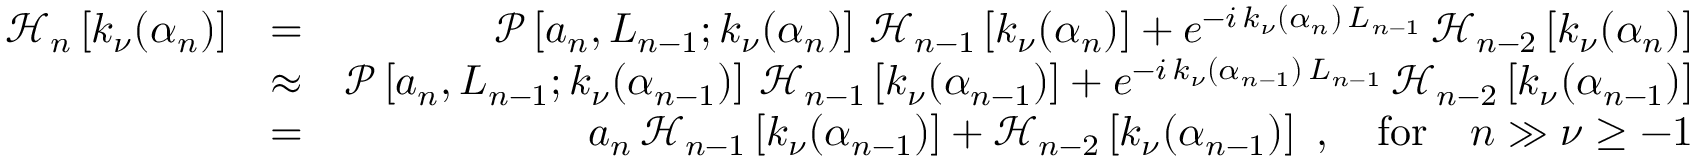
\begin{array} { r l r } { \mathcal { H } _ { n } \left[ k _ { \nu } ( \alpha _ { n } ) \right] } & { = } & { \mathcal { P } \left[ a _ { n } , L _ { n - 1 } ; k _ { \nu } ( \alpha _ { n } ) \right] \, \mathcal { H } _ { n - 1 } \left[ k _ { \nu } ( \alpha _ { n } ) \right] + e ^ { - i \, k _ { \nu } ( \alpha _ { n } ) \, L _ { n - 1 } } \, \mathcal { H } _ { n - 2 } \left[ k _ { \nu } ( \alpha _ { n } ) \right] } \\ & { \approx } & { \mathcal { P } \left[ a _ { n } , L _ { n - 1 } ; k _ { \nu } ( \alpha _ { n - 1 } ) \right] \, \mathcal { H } _ { n - 1 } \left[ k _ { \nu } ( \alpha _ { n - 1 } ) \right] + e ^ { - i \, k _ { \nu } ( \alpha _ { n - 1 } ) \, L _ { n - 1 } } \, \mathcal { H } _ { n - 2 } \left[ k _ { \nu } ( \alpha _ { n - 1 } ) \right] } \\ & { = } & { a _ { n } \, \mathcal { H } _ { n - 1 } \left[ k _ { \nu } ( \alpha _ { n - 1 } ) \right] + \mathcal { H } _ { n - 2 } \left[ k _ { \nu } ( \alpha _ { n - 1 } ) \right] \ , \quad \mathrm { f o r } \quad n \gg \nu \geq - 1 } \end{array}